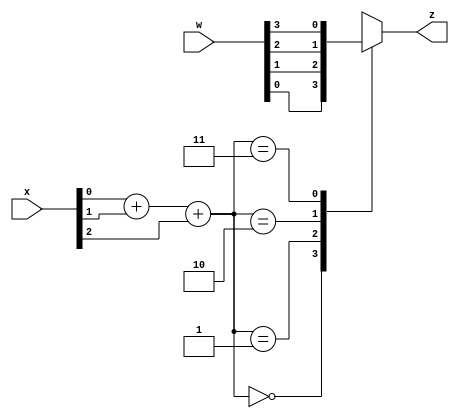
/*
 * This file was generated by the scsynth tool, and is availablefor use under
 * the MIT license. More information can be found at
 * https://github.com/arminalaghi/scsynth/
 */
module ReSC_paper_example( //the stochastic core of an ReSC
	input [2:0] x, //independent copies of x
	input [3:0] w, //Bernstein coefficients
	output reg z //output bitsream
);

	wire [1:0] sum; //sum of x values for mux
	assign sum = x[0] + x[1] + x[2];

	always @(*) begin
		case (sum)
			2'd0: z = w[0];
			2'd1: z = w[1];
			2'd2: z = w[2];
			2'd3: z = w[3];
			default: z = 0;
		endcase
	end
endmodule